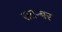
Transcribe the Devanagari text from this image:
सतम्बर